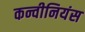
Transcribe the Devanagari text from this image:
कन्वीनियंस